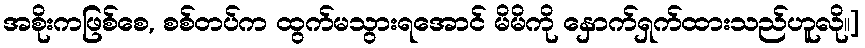
အစိုးကဖြစ်စေ, စစ်တပ်က ထွက်မသွားရအောင် မိမိကို နှောက်ရှက်ထားသည်ဟူလို။]